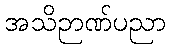
အသိဉာဏ်ပညာ